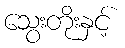
သွေးတိုးနှင့်